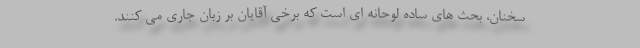
سخنان، بحث های ساده لوحانه ای است که برخی آقایان بر زبان جاری می کنند.